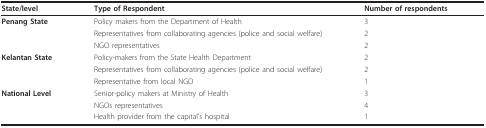
<table><thead><tr><td><b>State/level</b></td><td><b>Type of Respondent</b></td><td><b>Number of respondents</b></td></tr></thead><tbody><tr><td><b>Penang State</b></td><td>Policy makers from the Department of Health</td><td>3</td></tr><tr><td></td><td>Representatives from collaborating agencies (police and social welfare)</td><td>2</td></tr><tr><td></td><td>NGO representatives</td><td>2</td></tr><tr><td><b>Kelantan State</b></td><td>Policy-makers from the State Health Department</td><td>2</td></tr><tr><td></td><td>Representatives from collaborating agencies (police and social welfare)</td><td>2</td></tr><tr><td></td><td>Representative from local NGO</td><td>1</td></tr><tr><td><b>National Level</b></td><td>Senior-policy makers at Ministry of Health</td><td>3</td></tr><tr><td></td><td>NGOs representatives</td><td>4</td></tr><tr><td></td><td>Health provider from the capital&#x27;s hospital</td><td>1</td></tr></tbody></table>